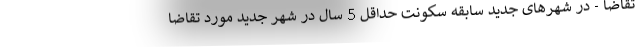
تقاضا - در شهرهای جدید سابقه سکونت حداقل 5 سال در شهر جدید مورد تقاضا